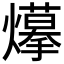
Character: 𤑮